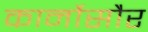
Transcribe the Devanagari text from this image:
कार्नोसौर